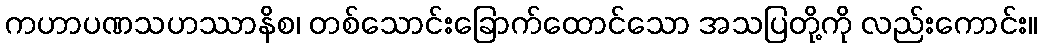
ကဟာပဏသဟဿာနိစ၊ တစ်သောင်းခြောက်ထောင်သော အသပြတို့ကို လည်းကောင်း။